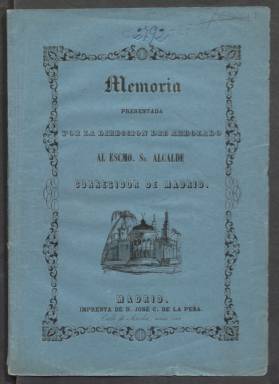
Título: Memoria presentada por la Dirección del Arbolado al Excmo. Sr. Alcalde Corregidor de Madrid
Otros títulos: Memoria presentada por la Dirección del Arbolado al Excelentísimo Señor Alcalde Corregidor de Madrid || Título de la anteportada: Memoria presentada por la Dirección del Arbolado || Memoria presentada al Excmo. Sr. Alcalde Corregidor por la Dirección del Arbolado || Memoria presentada al Excelentísimo Señor Alcalde Corregidor por la Dirección del Arbolado || Memoria presentada al Excmo. Ayuntamiento Constitucional de Madrid por el Director de Paseos y Arbolado || Memoria presentada al Excelentísmo Ayuntamiento Constitucional de Madrid por el Director de Paseos y Arbolado
Colección: Anuarios e informes || Urbanismo
Ámbito geográfico: Madrid
Lugar de publicación: Madrid
Fechas: 01/01/1848-31/12/1855

Quienquiera que lea esta Memoria no dejará de sorprenderse del exquisito cuidado que el Ayuntamiento de Madrid ponía en el arbolado de la ciudad a mediados del siglo XIX. Ciertamente, la sensibilidad ecologista parece que ya estaba desarrollada en los estamentos oficiales.

   La Memoria de 1850 cifra con exactitud matemática en 46.963 el número de árboles existentes en Madrid, aparte del más de un millón de arbustos y plantas de jardines. Se indican los que se han plantado de nuevo, los que se han repuesto para sustituir a otros dañados, los lugares donde se han plantado, el estado en que se encuentran y otros datos.

   El documento consta de menos de 50 páginas, de las que las últimas están dedicadas a cuadros sinópticos donde se dan los datos de manera pormenorizada, como especies de árboles plantados, los viajes de agua o norias de las que se nutren, paseos, plazas y otros lugares donde se encuentran.

   La Memoria explica que las condiciones climatológicas de Madrid en verano, la falta de lluvias suficientes y el suelo calizo hacen que no quede más remedio que regar con frecuencia. Lo expresa así: ‘No queda pues otro que el de los riegos artificiales, al cual ha recurrido el Excmo. Ayuntamiento, y con no pocos sacrificios pecuniarios’.

  Se aboga por la traída de aguas de la sierra porque Madrid como capital de la nación no tiene un gran río y no existe una gran población que no esté junto a uno o un lago, o tenga puerto de mar. El proyecto es necesario, según se dice, ‘no tanto para hacer prosperar el arbolado, para lo cual es de suma necesidad, y aun para apagar la sed a los numerosos habitantes de la corte que en los meses del estío la apagan con dificultad, sino para la prosperidad de la industria y de la agricultura’.

  En 1851 comenzó la construcción de la red del Canal de Isabel II que trajo el agua del río Lozoya a Madrid, que contaba entonces con una población de unos 200.000 habitantes.

  La Memoria de 1850 está firmada por Lucas de Tornos, médico y catedrático de Universidad que había sido nombrado en 1839 por el Ayuntamiento director de Paseos y Arbolados. Tornos escribió algunos libros científicos y fue director del Museo de Ciencias Naturales de Madrid.

En septiembre de 2023 se amplía la digitalización de esta Memoria con las entregas de 1848, 1852 y 1855.

[Descripción modificada el 11/09/2023]